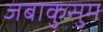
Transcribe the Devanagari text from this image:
जबाकुसुम